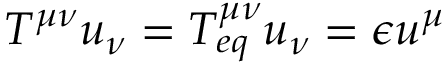
T ^ { \mu \nu } u _ { \nu } = T _ { e q } ^ { \mu \nu } u _ { \nu } = \epsilon u ^ { \mu }